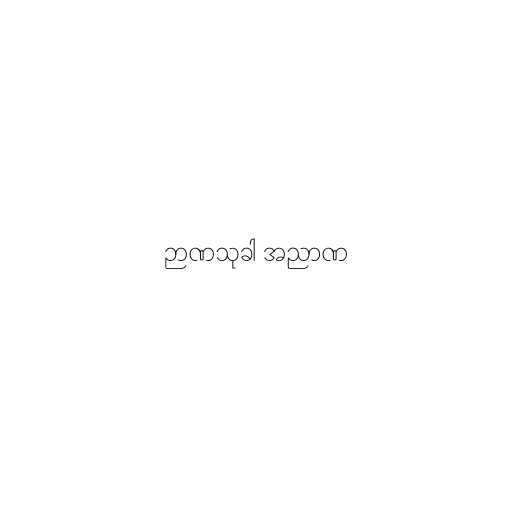
ဉာဏသုခါ အညာဏ